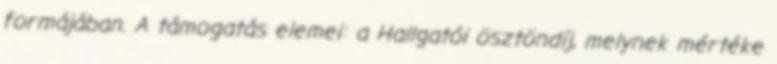
formájában. A támogatás elemei: a Hallgatói ösztöndíj, melynek mértéke